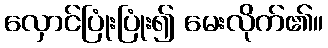
လှောင်ပြုံးပြုံး၍ မေးလိုက်၏။